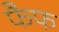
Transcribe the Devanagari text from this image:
फैफ